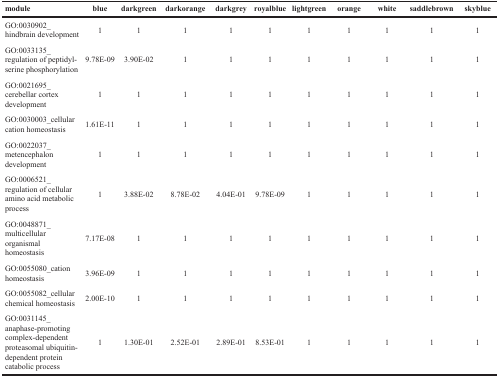
<table><thead><tr><td><b>module</b></td><td><b>blue</b></td><td><b>darkgreen</b></td><td><b>darkorange</b></td><td><b>darkgrey</b></td><td><b>royalblue</b></td><td><b>lightgreen</b></td><td><b>orange</b></td><td><b>white</b></td><td><b>saddlebrown</b></td><td><b>skyblue</b></td></tr></thead><tbody><tr><td>GO:0030902_hindbrain development</td><td>1</td><td>1</td><td>1</td><td>1</td><td>1</td><td>1</td><td>1</td><td>1</td><td>1</td><td>1</td></tr><tr><td>GO:0033135_regulation of peptidyl-serine phosphorylation</td><td>9.78E-09</td><td>3.90E-02</td><td>1</td><td>1</td><td>1</td><td>1</td><td>1</td><td>1</td><td>1</td><td>1</td></tr><tr><td>GO:0021695_cerebellar cortex development</td><td>1</td><td>1</td><td>1</td><td>1</td><td>1</td><td>1</td><td>1</td><td>1</td><td>1</td><td>1</td></tr><tr><td>GO:0030003_cellular cation homeostasis</td><td>1.61E-11</td><td>1</td><td>1</td><td>1</td><td>1</td><td>1</td><td>1</td><td>1</td><td>1</td><td>1</td></tr><tr><td>GO:0022037_metencephalon development</td><td>1</td><td>1</td><td>1</td><td>1</td><td>1</td><td>1</td><td>1</td><td>1</td><td>1</td><td>1</td></tr><tr><td>GO:0006521_regulation of cellular amino acid metabolic process</td><td>1</td><td>3.88E-02</td><td>8.78E-02</td><td>4.04E-01</td><td>9.78E-09</td><td>1</td><td>1</td><td>1</td><td>1</td><td>1</td></tr><tr><td>GO:0048871_multicellular organismal homeostasis</td><td>7.17E-08</td><td>1</td><td>1</td><td>1</td><td>1</td><td>1</td><td>1</td><td>1</td><td>1</td><td>1</td></tr><tr><td>GO:0055080_cation homeostasis</td><td>3.96E-09</td><td>1</td><td>1</td><td>1</td><td>1</td><td>1</td><td>1</td><td>1</td><td>1</td><td>1</td></tr><tr><td>GO:0055082_cellular chemical homeostasis</td><td>2.00E-10</td><td>1</td><td>1</td><td>1</td><td>1</td><td>1</td><td>1</td><td>1</td><td>1</td><td>1</td></tr><tr><td>GO:0031145_anaphase-promoting complex-dependent proteasomal ubiquitin-dependent protein catabolic process</td><td>1</td><td>1.30E-01</td><td>2.52E-01</td><td>2.89E-01</td><td>8.53E-01</td><td>1</td><td>1</td><td>1</td><td>1</td><td>1</td></tr></tbody></table>